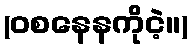
(ဝစနေနကိုငဲ့။)